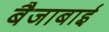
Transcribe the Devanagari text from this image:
बैजाबाई